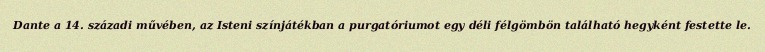
Dante a 14. századi művében, az Isteni színjátékban a purgatóriumot egy déli félgömbön található hegyként festette le.